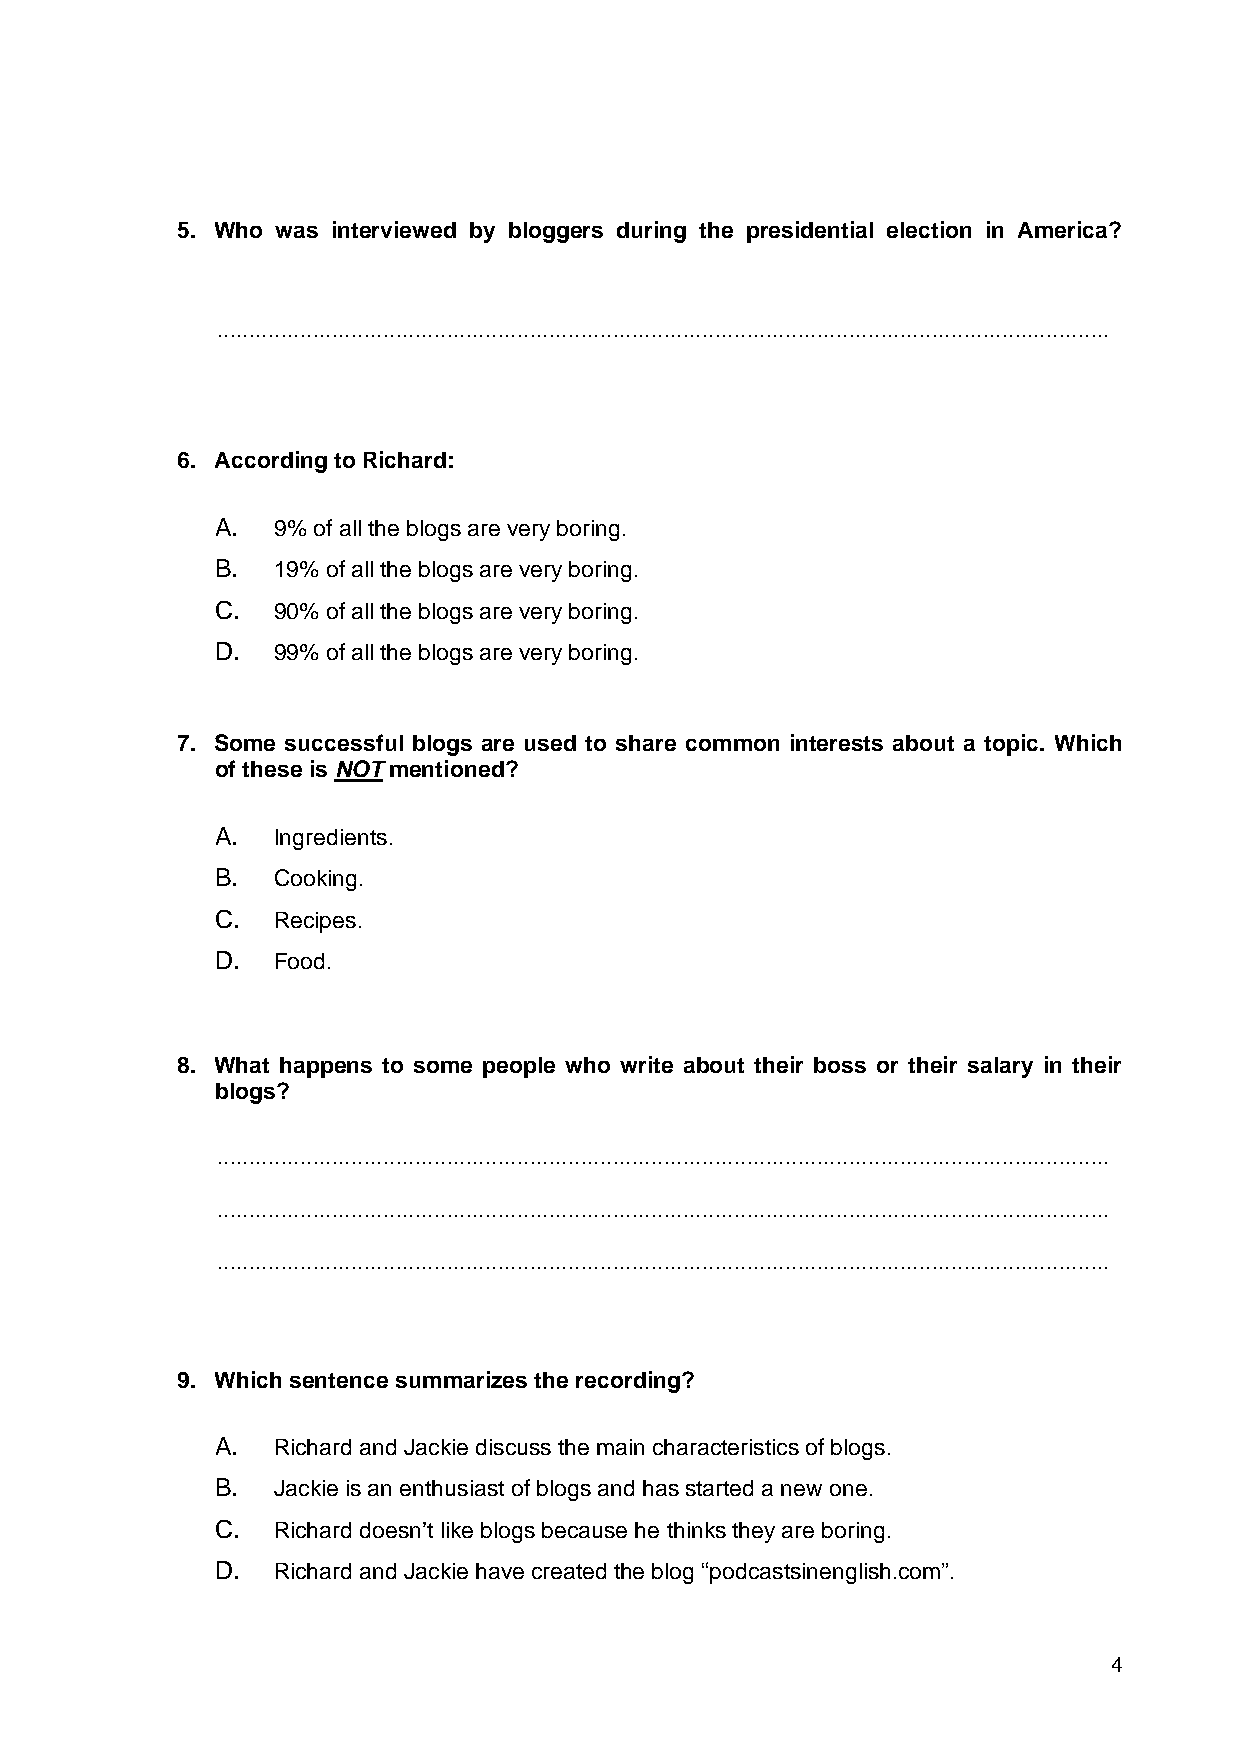
5. Who was interviewed by bloggers during the presidential election in America?
 ............................................................................................................................................
 6. According to Richard:
 A.  9% of all the blogs are very boring.
 B.  19% of all the blogs are very boring.
 C.  90% of all the blogs are very boring.
 D.  99% of all the blogs are very boring.
 7. Some successful blogs are used to share common interests about a topic. Which
 of these is NOT mentioned?
 A.  Ingredients.
 B.  Cooking.
 C.  Recipes.
 D.  Food.
 8. What happens to some people who write about their boss or their salary in their
 blogs?
 ............................................................................................................................................
 ............................................................................................................................................
 ............................................................................................................................................
 9. Which sentence summarizes the recording?
 A.  Richard and Jackie discuss the main characteristics of blogs.
 B.  Jackie is an enthusiast of blogs and has started a new one.
 C.  Richard doesn’t like blogs because he thinks they are boring.
 D.  Richard and Jackie have created the blog “podcastsinenglish.com”.
 4